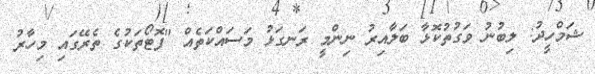
ޝަމްހީދު: ލިބުނު ވަގުތުކޮޅާ ބަލާއިރު ނިންމީ ރަނގަޅު މަސައްކަތެއް "ފޮޓޯތަކުގެ ތެރޭގައި މިހާރު